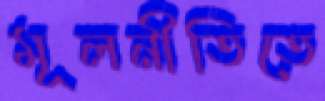
মূলনীতিতে